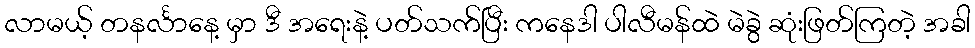
လာမယ့် တနင်္လာနေ့ မှာ ဒီ အရေးနဲ့ ပတ်သက်ပြီး ကနေဒါ ပါလီမန်ထဲ မဲခွဲ ဆုံးဖြတ်ကြတဲ့ အခါ